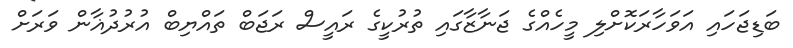
ބަޑިޖަހައި އަވަހާރަކޮށްލި މީހެއްގެ ޖަނާޒާގައި ތުރުކީގެ ރައީސް ރަޖަބް ތައްޔިބް އުރުދުޣާން ވަރަށް